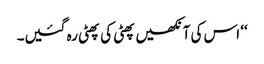
‘‘ اس کی آنکھیں پھٹی کی پھٹی رہ گئیں۔